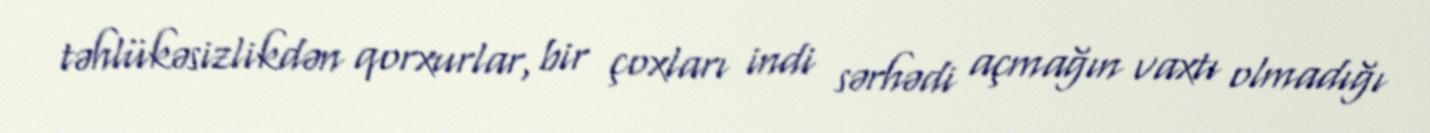
təhlükəsizlikdən qorxurlar, bir çoxları indi sərhədi açmağın vaxtı olmadığı